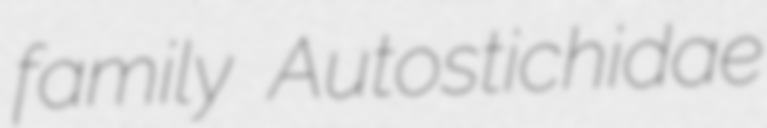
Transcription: family Autostichidae